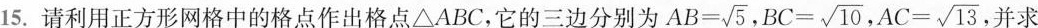
15.请利用正方形网格中的格点作出格点△ABC，它的三边分别为 $$AB= \sqrt{5}$$ $$BC= \sqrt{10}$$ ， $$AC= \sqrt{13}$$ ，并求